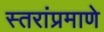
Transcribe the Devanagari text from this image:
स्तरांप्रमाणे